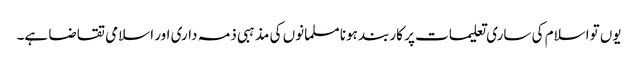
یوں تواسلام کی ساری تعلیمات پر کاربند ہونا مسلمانوں کی مذہبی ذمہ داری اور اسلامی تقاضا ہے۔